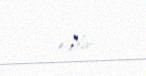
edilir.